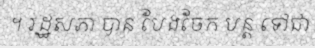
។ រដ្ឋសភា បាន បែងចែក បន្ត ទៅជា